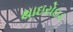
થાઇરોઇડ